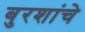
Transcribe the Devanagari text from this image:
बुरशांचे